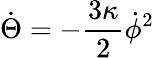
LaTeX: \dot{\Theta}=-\frac{3\kappa}{2}\dot{\phi}^{2}